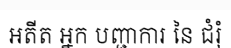
អតីត អ្នក បញ្ជាការ នៃ ជំរុំ